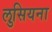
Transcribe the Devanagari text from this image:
लुसियना